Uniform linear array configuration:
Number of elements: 16
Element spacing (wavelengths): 1
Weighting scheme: binomial
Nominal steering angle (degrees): -45
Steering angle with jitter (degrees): -46.507
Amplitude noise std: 0.05
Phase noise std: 0.05

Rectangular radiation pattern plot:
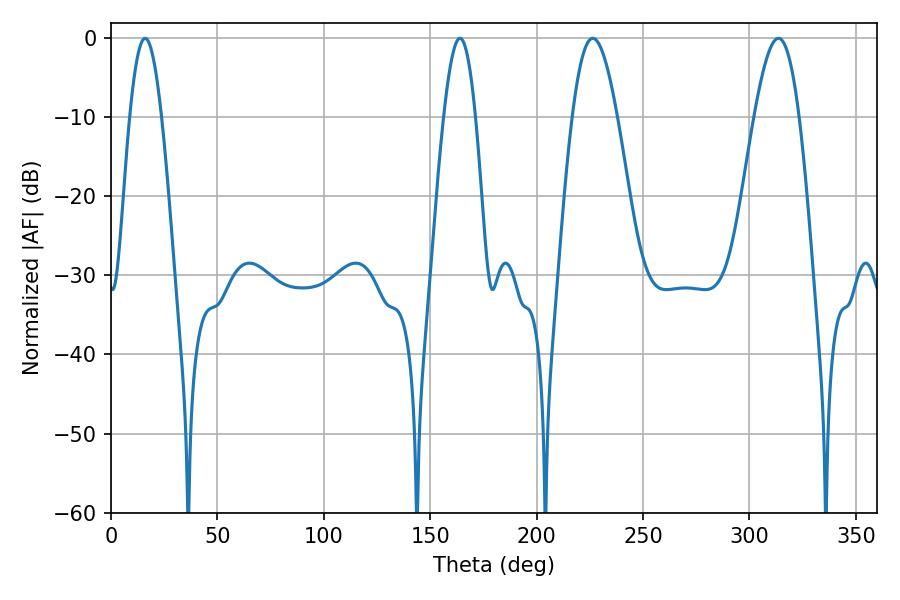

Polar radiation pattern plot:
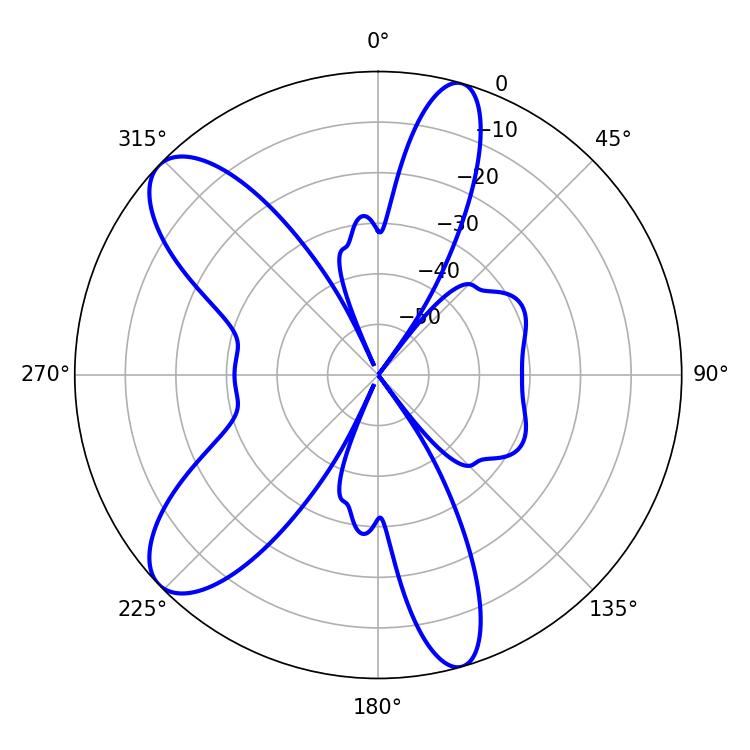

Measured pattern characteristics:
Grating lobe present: TRUE
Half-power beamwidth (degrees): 8.1
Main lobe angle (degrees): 16.02